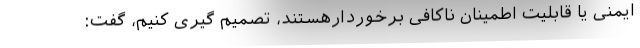
ایمنی یا قابلیت اطمینان ناکافی برخوردارهستند، تصمیم گیری کنیم، گفت: